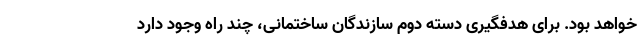
خواهد بود. برای هدفگیری دسته دوم سازندگان ساختمانی، چند راه وجود دارد